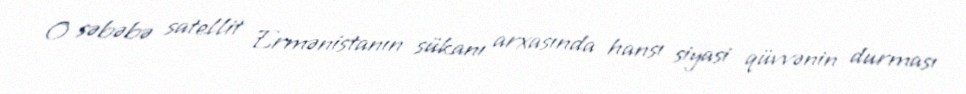
O səbəbə satellit Ermənistanın sükanı arxasında hansı siyasi qüvvənin durması